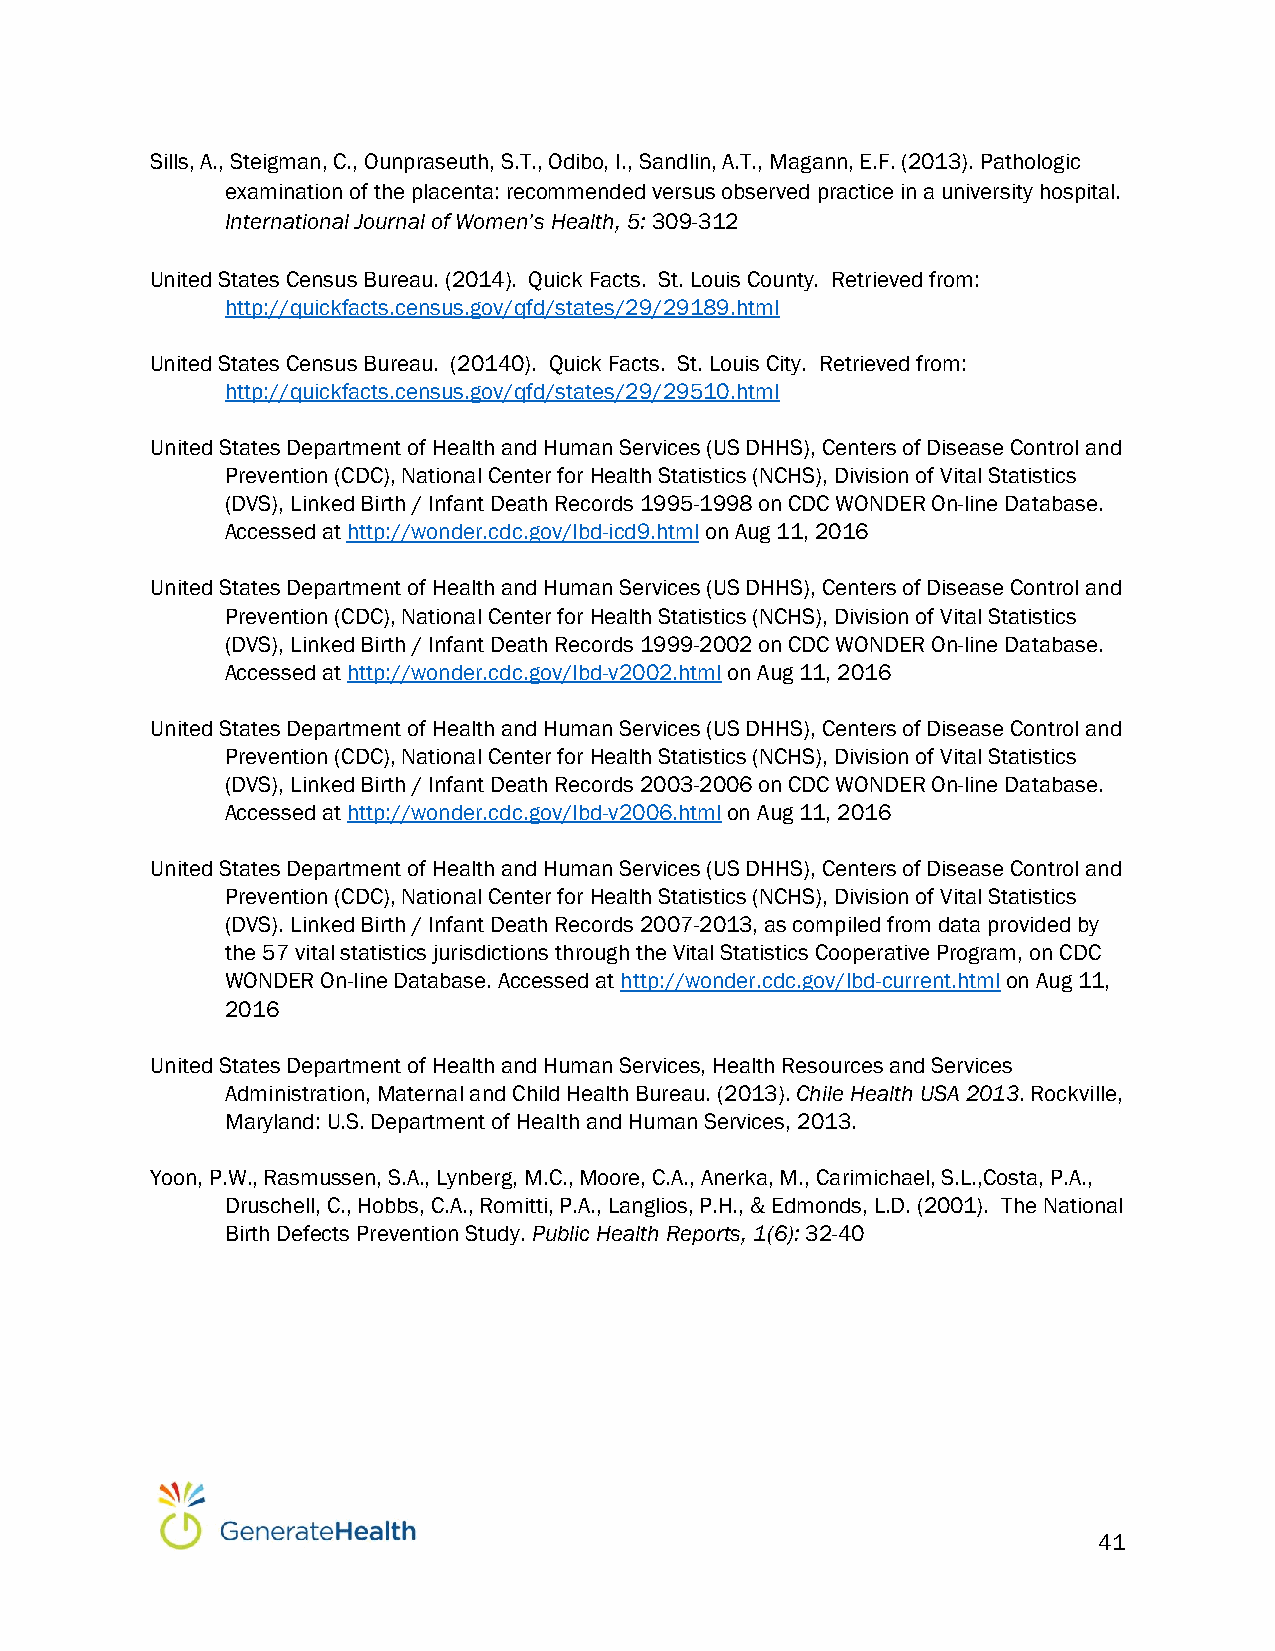
Sills, A., Steigman, C., Ounpraseuth, S.T., Odibo, I., Sandlin, A.T., Magann, E.F. (2013). Pathologic
 examination of the placenta: recommended versus observed practice in a university hospital.
 International Journal of Women’s Health, 5: 309-312
 United States Census Bureau. (2014). Quick Facts. St. Louis County. Retrieved from:
 http://quickfacts.census.gov/qfd/states/29/29189.html
 United States Census Bureau. (20140). Quick Facts. St. Louis City. Retrieved from:
 http://quickfacts.census.gov/qfd/states/29/29510.html
 United States Department of Health and Human Services (US DHHS), Centers of Disease Control and
 Prevention (CDC), National Center for Health Statistics (NCHS), Division of Vital Statistics
 (DVS), Linked Birth / Infant Death Records 1995-1998 on CDC WONDER On-line Database.
 Accessed at http://wonder.cdc.gov/lbd-icd9.html on Aug 11, 2016
 United States Department of Health and Human Services (US DHHS), Centers of Disease Control and
 Prevention (CDC), National Center for Health Statistics (NCHS), Division of Vital Statistics
 (DVS), Linked Birth / Infant Death Records 1999-2002 on CDC WONDER On-line Database.
 Accessed at http://wonder.cdc.gov/lbd-v2002.html on Aug 11, 2016
 United States Department of Health and Human Services (US DHHS), Centers of Disease Control and
 Prevention (CDC), National Center for Health Statistics (NCHS), Division of Vital Statistics
 (DVS), Linked Birth / Infant Death Records 2003-2006 on CDC WONDER On-line Database.
 Accessed at http://wonder.cdc.gov/lbd-v2006.html on Aug 11, 2016
 United States Department of Health and Human Services (US DHHS), Centers of Disease Control and
 Prevention (CDC), National Center for Health Statistics (NCHS), Division of Vital Statistics
 (DVS). Linked Birth / Infant Death Records 2007-2013, as compiled from data provided by
 the 57 vital statistics jurisdictions through the Vital Statistics Cooperative Program, on CDC
 WONDER On-line Database. Accessed at http://wonder.cdc.gov/lbd-current.html on Aug 11,
 2016
 United States Department of Health and Human Services, Health Resources and Services
 Administration, Maternal and Child Health Bureau. (2013). Chile Health USA 2013. Rockville,
 Maryland: U.S. Department of Health and Human Services, 2013.
 Yoon, P.W., Rasmussen, S.A., Lynberg, M.C., Moore, C.A., Anerka, M., Carimichael, S.L.,Costa, P.A.,
 Druschell, C., Hobbs, C.A., Romitti, P.A., Langlios, P.H., & Edmonds, L.D. (2001). The National
 Birth Defects Prevention Study. Public Health Reports, 1(6): 32-40
 41